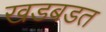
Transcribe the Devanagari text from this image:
खडबडत